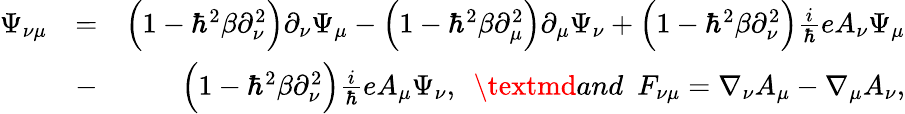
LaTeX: \begin{array}{rlr}{\Psi_{\nu\mu}}&{=}&{\Big(1-\hbar^{2}\beta\partial_{\nu}^{2}\Big)\partial_{\nu}\Psi_{\mu}-\Big(1-\hbar^{2}\beta\partial_{\mu}^{2}\Big)\partial_{\mu}\Psi_{\nu}+\Big(1-\hbar^{2}\beta\partial_{\nu}^{2}\Big)\frac{i}{\hbar}eA_{\nu}\Psi_{\mu}}\\ &{-}&{\Big(1-\hbar^{2}\beta\partial_{\nu}^{2}\Big)\frac{i}{\hbar}eA_{\mu}\Psi_{\nu},~~\textmd{and}~~F_{\nu\mu}=\nabla_{\nu}A_{\mu}-\nabla_{\mu}A_{\nu},}\end{array}